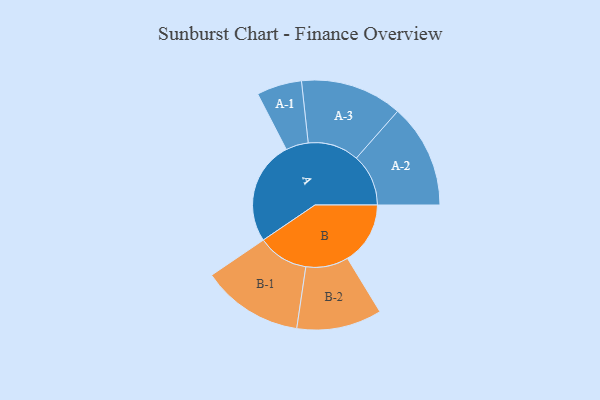
{"axis": {"x": "Segment", "y": "Value"}, "legend": ["", "A", "B"], "data": [{"x": "A", "y": 492, "type": ""}, {"x": "B", "y": 298, "type": ""}, {"x": "A-1", "y": 107, "type": "A"}, {"x": "A-2", "y": 247, "type": "A"}, {"x": "A-3", "y": 242, "type": "A"}, {"x": "B-1", "y": 241, "type": "B"}, {"x": "B-2", "y": 202, "type": "B"}]}